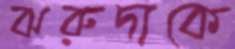
ঝরুদাকে